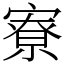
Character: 寮